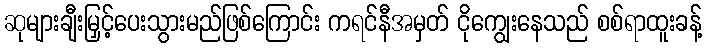
ဆုများချီးမြှင့်ပေးသွားမည်ဖြစ်ကြောင်း ကရင်နီအမှတ် ငိုကျွေးနေသည် စစ်ရာထူးခန့်